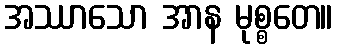
အဿာသော အာန မုစ္စတေ။